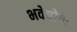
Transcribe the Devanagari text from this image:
भवेद्योगः